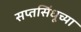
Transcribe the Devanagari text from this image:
सप्तसिंधूच्या